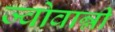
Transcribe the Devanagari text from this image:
ज्वोवान्नी